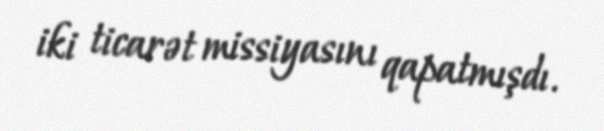
iki ticarət missiyasını qapatmışdı.